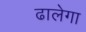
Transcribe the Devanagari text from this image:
ढालेगा